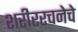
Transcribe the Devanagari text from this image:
शरीररचनेचे